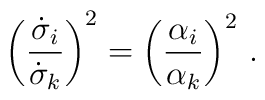
\left(\frac{\dot{\sigma}_{i}}{\dot{\sigma}_{k}} \right)^2 =     \left(\frac{\alpha_{i}}{\alpha_{k}}\right)^2 \,.